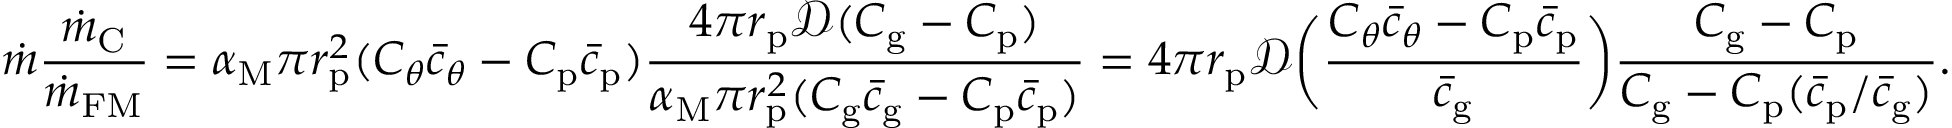
\dot { m } \frac { \dot { m } _ { \mathrm { C } } } { \dot { m } _ { \mathrm { F M } } } = \alpha _ { \mathrm { M } } \pi r _ { \mathrm { p } } ^ { 2 } ( C _ { \theta } \bar { c } _ { \theta } - C _ { \mathrm { p } } \bar { c } _ { \mathrm { p } } ) \frac { 4 \pi r _ { \mathrm { p } } \mathcal { D } ( C _ { \mathrm { g } } - C _ { \mathrm { p } } ) } { \alpha _ { \mathrm { M } } \pi r _ { \mathrm { p } } ^ { 2 } ( C _ { \mathrm { g } } \bar { c } _ { \mathrm { g } } - C _ { \mathrm { p } } \bar { c } _ { \mathrm { p } } ) } = 4 \pi r _ { \mathrm { p } } \mathcal { D } \bigg ( \frac { C _ { \theta } \bar { c } _ { \theta } - C _ { \mathrm { p } } \bar { c } _ { \mathrm { p } } } { \bar { c } _ { \mathrm { g } } } \bigg ) \frac { C _ { \mathrm { g } } - C _ { \mathrm { p } } } { C _ { \mathrm { g } } - C _ { \mathrm { p } } ( \bar { c } _ { \mathrm { p } } / \bar { c } _ { \mathrm { g } } ) } .